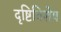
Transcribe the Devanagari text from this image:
दृष्टिविशेष